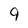
Character: 9